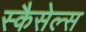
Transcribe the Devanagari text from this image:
स्कैसेल्स